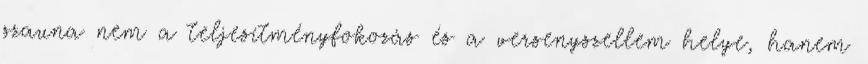
szauna nem a teljesítményfokozás és a versenyszellem helye, hanem